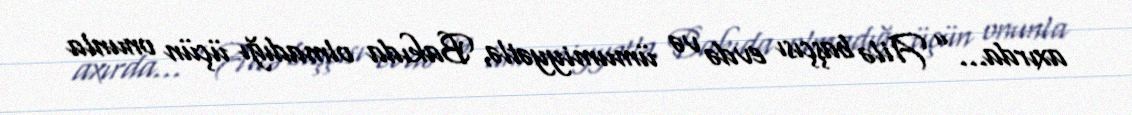
axırda...” Ailə başçısı evdə və ümumiyyətlə, Bakıda olmadığı üçün onunla